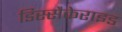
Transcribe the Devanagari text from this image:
डिस्सैकेराइड